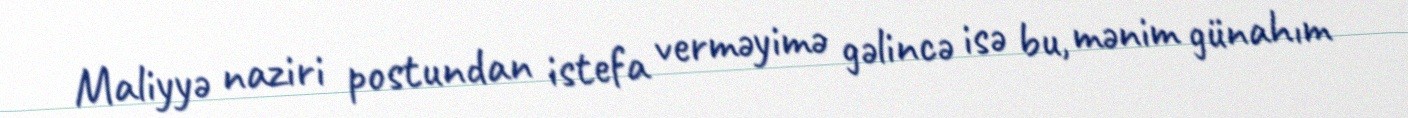
Maliyyə naziri postundan istefa verməyimə gəlincə isə bu, mənim günahım